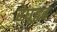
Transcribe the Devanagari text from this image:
रघूद्वह